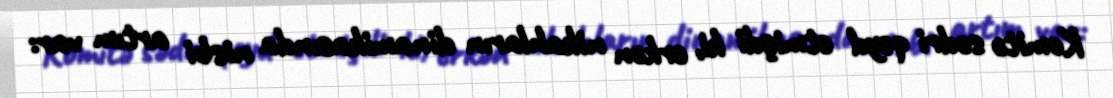
Komitə sədri qeyd etmişdi ki, erkən nikahların dinamikasında nisbi artım var: